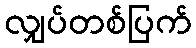
လျှပ်တစ်ပြက်